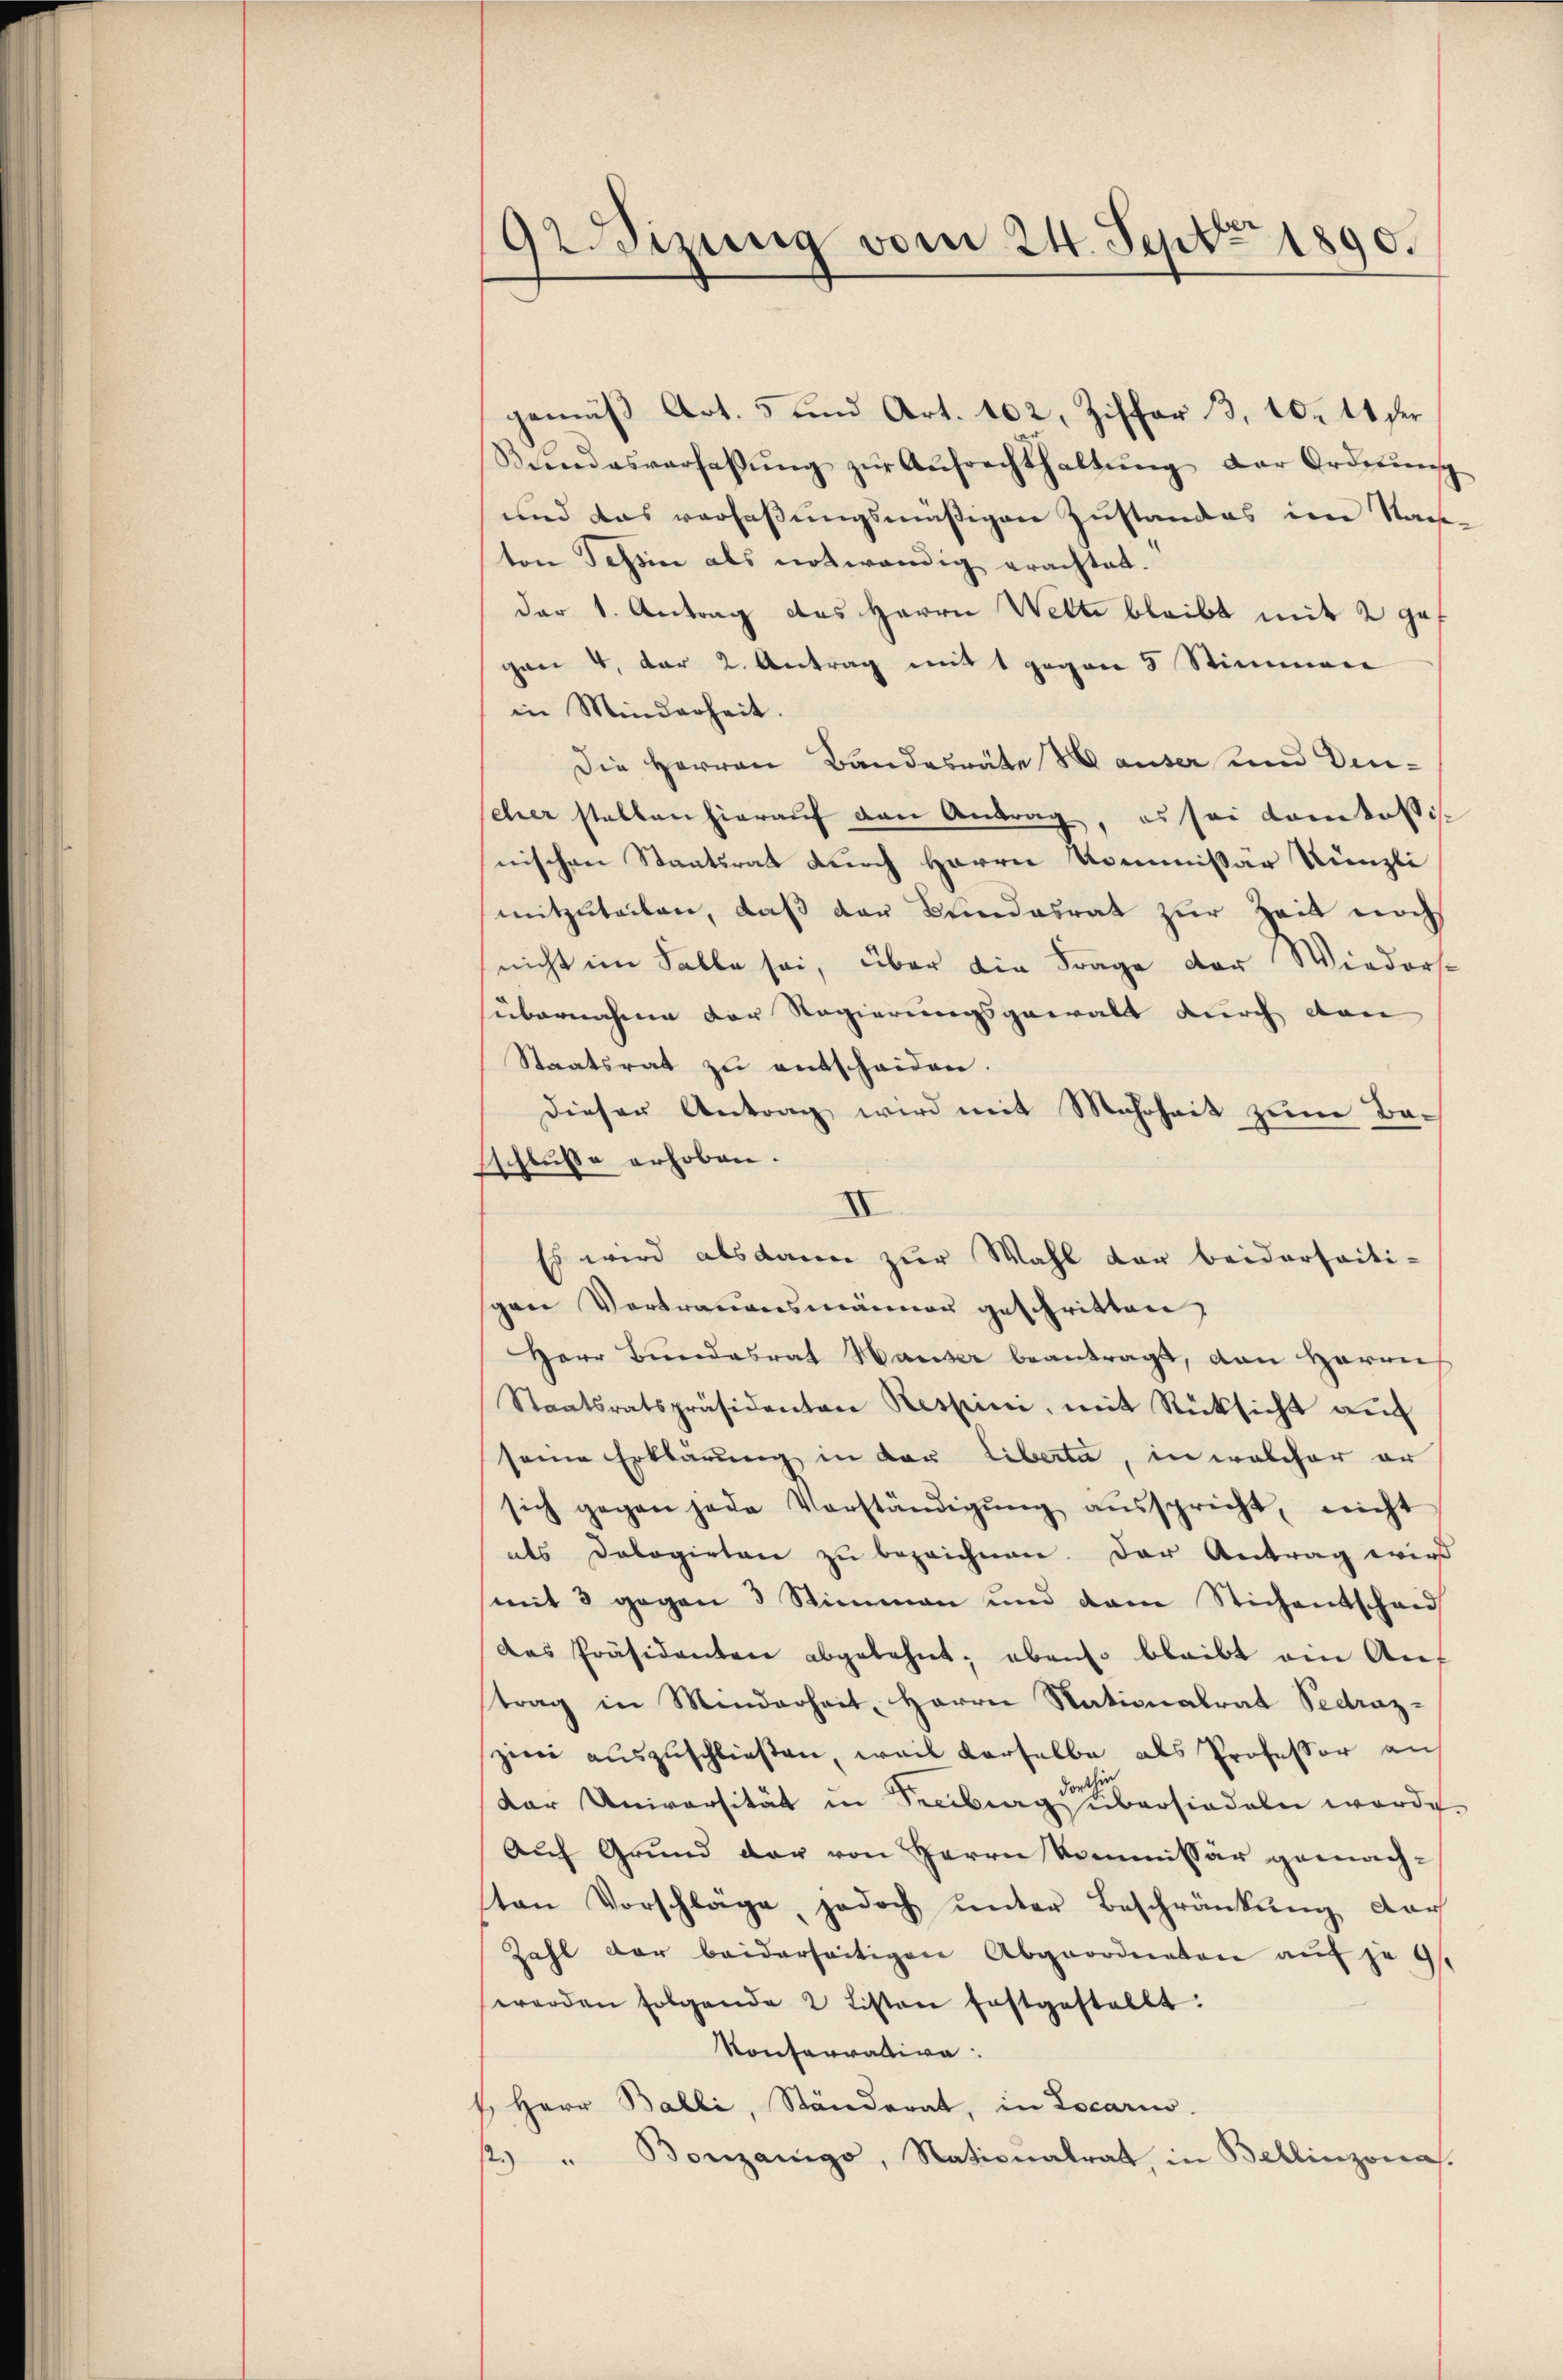
9Wizung vom 24. Sept. 1890.

gemäß Art. 5 und Art. 102, Ziffer 33, 10. 11 der
Beendesverfassŭng zŭr Aŭfrechthaltŭng der Ordnŭng
und das verfaßungsmäßigen Zustandes im Nachton Tessin als notwendig erachtet.
der 1. Antrag des Herrn Wette bleibt mit 2 ga
gan 4, der 2. Antrag mit 1 gegen 5 Stimmen
in Minderheit.
Die Herren Bandesräte Hauser und Dineher stellen hierauf den Antrag, es sei dankassis
nischen Staatsrat durch Herrn Kommissär Künzli
mitzuteilen, daß der Bundesrat zur Zeit noch
nicht im Falle sei, über die Frage der Wiedersübernahme der Regierungsgewalt durch dan
Staatsrat zu entscheiden.
dieser Antrag wird mit Mehrheit zum Baschlusse erhoben.
.
Es wird alsdann zur Wahl der beiderseiti-
gen Vortrauensmänner geschritten,
Herr Bŭndesrat Hauser beantragt, von Herrn
Staatsratspräsidenten Respini, mit Rücksicht auf
seine Erklärung in den Liberta, in welcher er
sich gegen jede Vorständigŭng aŭsspricht, nicht
als Dologirten zŭ bezeichnen. Der Antrag wird
mit 3 gegen 3 Stimmen und dem Stichentschand
das Präsidenten abgelehnt; ebenso bleibt ein Auf
trag in Minderheit, Herrn Nationalrat Sedrazzwei auszuschließen, weil derselbe als Professor an
Dor Universität in Freiburg abersiedeln werde.
Auf Grund der von Herrn Kommissär gemachton Vorschläge, jedoch ŭnter Beschränkŭng dar
Zahl der beiderseitigen Abgeordneten auf je 9.
werden folgende 2 Listen festgestellt:
Konferrativa
Herr Balli, Ständerat, in Locari
2 " Bonzanigo, Nationalrat, in Bellinzona.